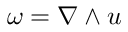
\omega = \nabla \wedge u